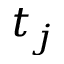
t _ { j }